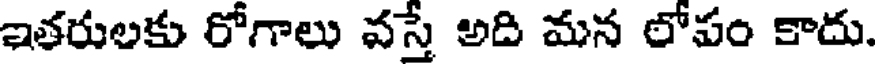
ఇతరులకు రోగాలు వస్తే అది మన లోపం కాదు.